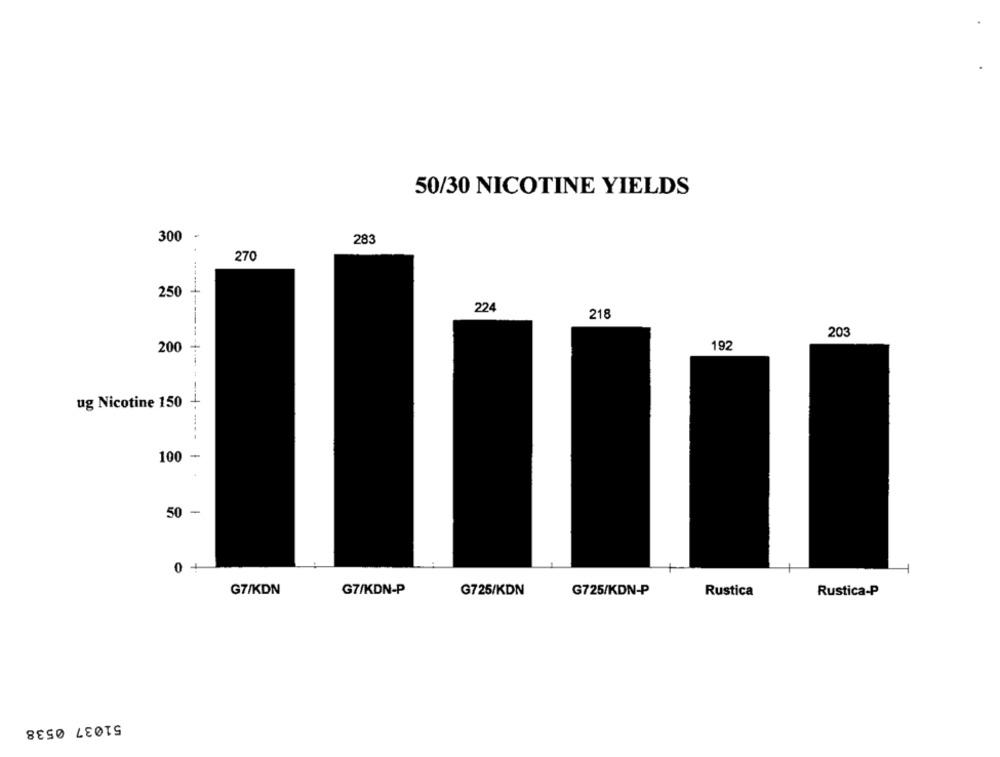
50/30 NICOTINE YIELDS
300
283
270
250
224
218
203
200
192
ug Nicotine 150
-
100
50
-
0 +
G7/KDN
G7/KDN-P
G725/KDN
G725/KDN-P
Rustica
Rustica-P
51037 0538